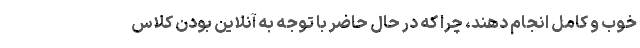
خوب و کامل انجام دهند، چرا که در حال حاضر با توجه به آنلاین بودن کلاس